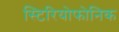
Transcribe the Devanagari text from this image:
स्टिरियोफोनिक